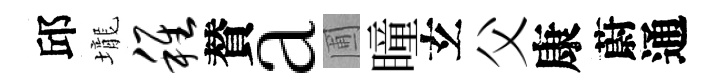
邱壠稚賛a圃瞳𤣥父康蔚通